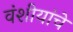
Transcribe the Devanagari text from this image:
वंशीयांचे